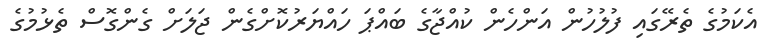
އެކަމުގެ ތެރޭގައި ފުލުހުން އަންހެން ކުއްޖާގެ ބައްޕަ ހައްޔަރުކޮށްގެން ޖަލަށް ގެންގޮސް ތެޅުމުގެ